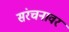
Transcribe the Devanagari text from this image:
संरचनावर